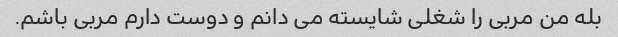
بله من مربی را شغلی شایسته می دانم و دوست دارم مربی باشم.